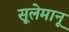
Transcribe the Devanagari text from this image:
सूलेमानू